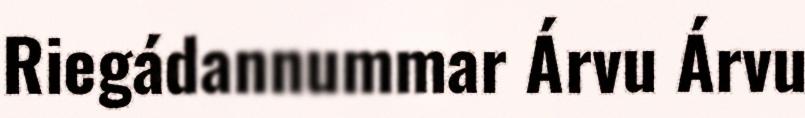
Riegádannummar Árvu Árvu